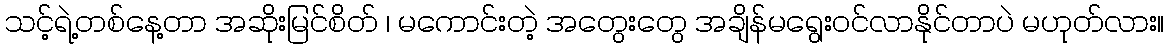
သင့်ရဲ့တစ်နေ့တာ အဆိုးမြင်စိတ် ၊ မကောင်းတဲ့ အတွေးတွေ အချိန်မရွေးဝင်လာနိုင်တာပဲ မဟုတ်လား။